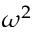
\omega ^ { 2 }